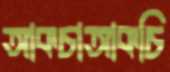
আকচাআকচি